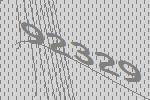
92329